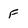
Character: F